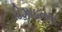
ડિઝાઇનના